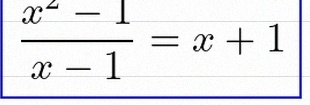
\frac{x^2-1}{x-1}=x+1